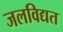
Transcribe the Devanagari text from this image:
जलविद्यत